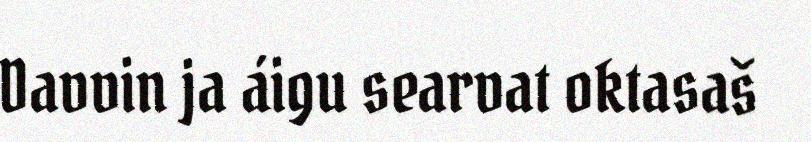
Davvin ja áigu searvat oktasaš